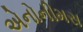
એનોનીમસ